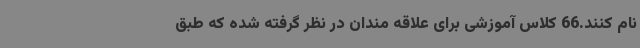
نام کنند.66 کلاس آموزشی برای علاقه مندان در نظر گرفته شده که طبق